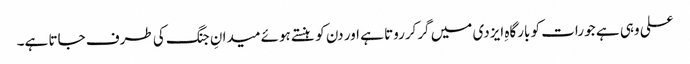
علی وہی ہے جو رات کو بارگاہِ ایزدی میں گرکرروتا ہے اور دن کو ہنستے ہوئے میدانِ جنگ کی طرف جاتا ہے۔